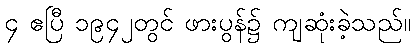
၄ ဧပြီ ၁၉၄၂တွင် ဖားပွန်၌ ကျဆုံးခဲ့သည်။